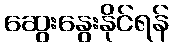
ဆွေးနွေးနိုင်ရန်